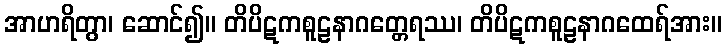
အာဟရိတွာ၊ ဆောင်၍။ တိပိဋကစူဠနာဂတ္တေရဿ၊ တိပိဋကစူဠနာဂထေရ်အား။